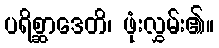
ပရိစ္ဆာဒေတိ၊ ဖုံးလွှမ်း၏။